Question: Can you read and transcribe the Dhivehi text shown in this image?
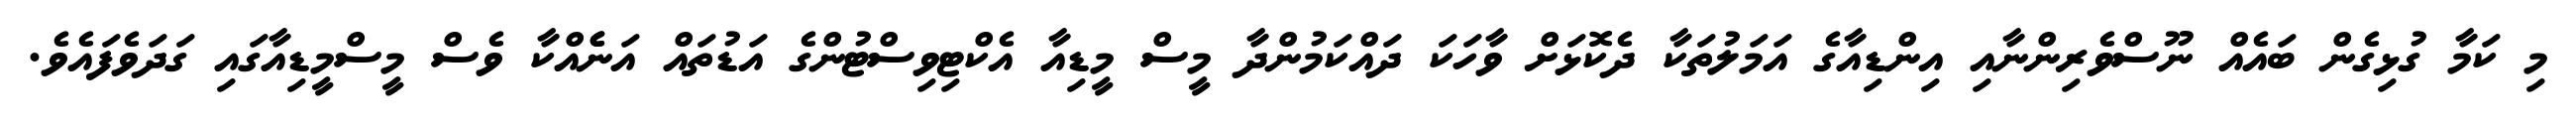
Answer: މި ކަމާ ގުޅިގެން ބައެއް ނޫސްވެރިންނާއި އިންޑިއާގެ އަމަލުތަކާ ދެކޮޅަށް ވާހަކަ ދައްކަމުންދާ މީސް މީޑިއާ އެކްޓިވިސްޓުންގެ އަޑުތައް އަނެެއްކާ ވެސް މީސްމީޑިއާގައި ގަދަވެފައެވެ.